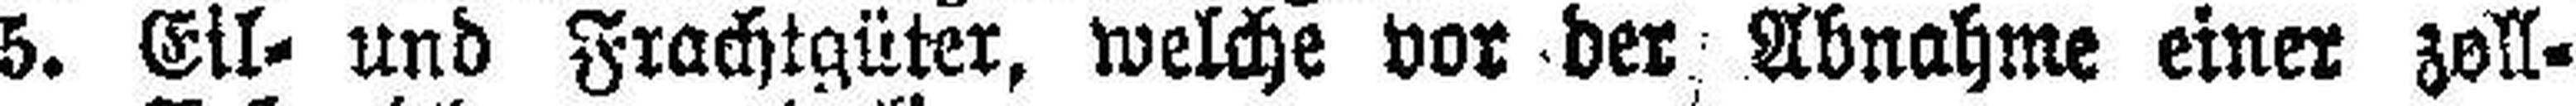
5. Eil- und Frachtgüter, welche vor der Abnahme einer zoll¬